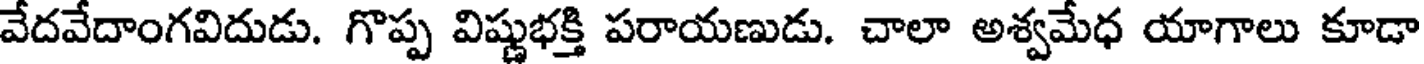
వేదవేదాంగవిదుడు. గొప్ప విష్ణుభక్తి పరాయణుడు. చాలా అశ్వమేధ యాగాలు కూడా